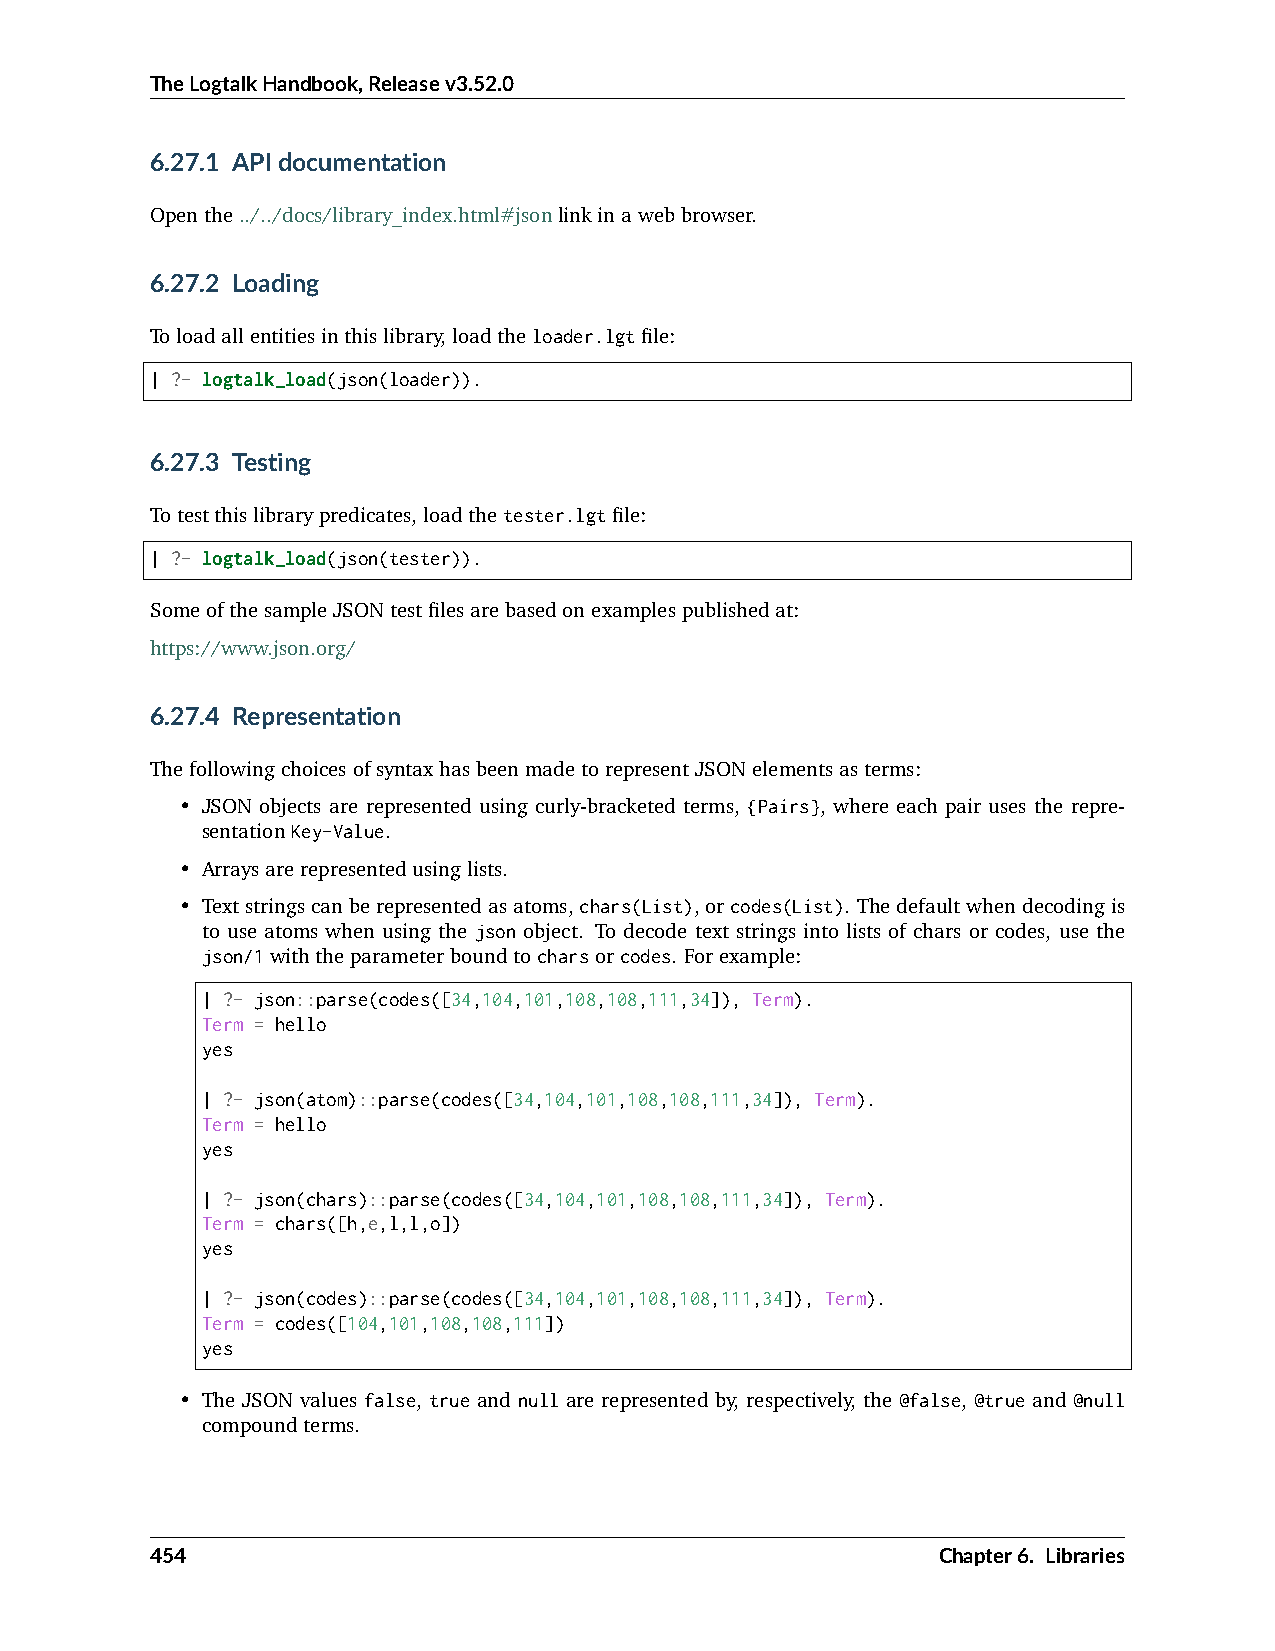
TheLogtalkHandbook,Releasev3.52.0
 6.27.1 APIdocumentation
 Openthe../../docs/library_index.html#jsonlinkinawebbrowser.
 6.27.2 Loading
 Toloadallentitiesinthislibrary,loadtheloader.lgtfile:
 | ?- logtalk_load(json(loader)).
 6.27.3 Testing
 Totestthislibrarypredicates,loadthetester.lgtfile:
 | ?- logtalk_load(json(tester)).
 SomeofthesampleJSONtestfilesarebasedonexamplespublishedat:
 https://www.json.org/
 6.27.4 Representation
 ThefollowingchoicesofsyntaxhasbeenmadetorepresentJSONelementsasterms:
 • JSON objects are represented using curly-bracketed terms, {Pairs}, where each pair uses the repre-
 sentationKey-Value.
 • Arraysarerepresentedusinglists.
 • Textstringscanberepresentedasatoms,chars(List),orcodes(List). Thedefaultwhendecodingis
 to use atoms when using the json object. To decode text strings into lists of chars or codes, use the
 json/1withtheparameterboundtocharsorcodes. Forexample:
 | ?- json::parse(codes([34,104,101,108,108,111,34]), Term).
 Term = hello
 yes
 | ?- json(atom)::parse(codes([34,104,101,108,108,111,34]), Term).
 Term = hello
 yes
 | ?- json(chars)::parse(codes([34,104,101,108,108,111,34]), Term).
 Term = chars([h,e,l,l,o])
 yes
 | ?- json(codes)::parse(codes([34,104,101,108,108,111,34]), Term).
 Term = codes([104,101,108,108,111])
 yes
 • The JSON values false, true and null are represented by, respectively, the @false, @true and @null
 compoundterms.
 454                                                 Chapter6. Libraries